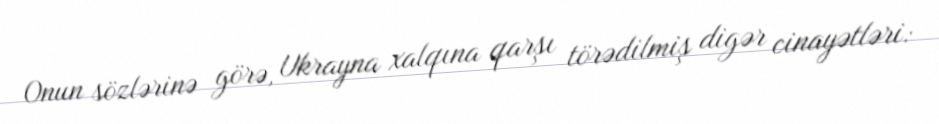
Onun sözlərinə görə, Ukrayna xalqına qarşı törədilmiş digər cinayətləri: